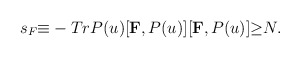
\begin{align*}s_F{\equiv}-Tr P(u) [{\bf F},P(u)][{\bf F},P(u)]{\geq}N. \end{align*}